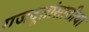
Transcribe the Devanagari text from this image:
राजदूतांसाठीचा